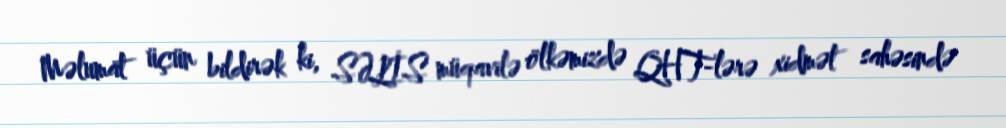
Məlumat üçün bildirək ki, SƏLİS müqavilə ölkəmizdə QHT-lərə xidmət sahəsində